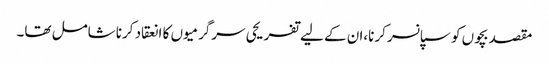
مقصد بچوں کو سپانسر کرنا،ان کے لیے تفریحی سرگرمیوں کا انعقاد کرنا شامل تھا۔